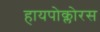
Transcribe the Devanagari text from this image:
हायपोक्लोरस